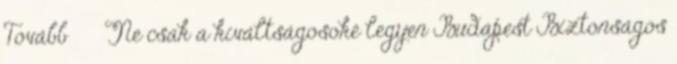
Tovább › ›Ne csak a kiváltságosoké legyen Budapest Biztonságos